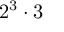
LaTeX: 2 ^ { 3 } \cdot 3